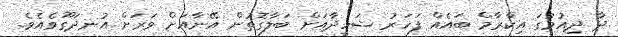
ދާ ދިއުމުގަ އިކްރާމް ބައެއް ފަހަރު ޝަހީދާއަށް ބަލާގޮތުން އޭނާއަށް ވަރަށް އުނދަގޫވެއެވެ.